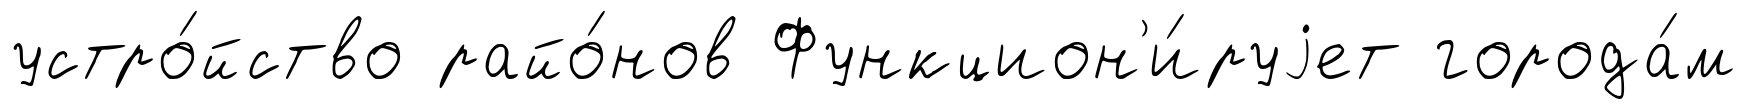
устро́йство райо́нов Функцион'и́руjет города́м